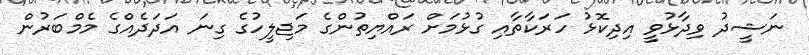
ނަޝީދު ވިދާޅުވީ އިދިކޮޅު ހަރަކާތާއި ގުޅުމަށް ރައްޔިތުންގެ މަޖިލީހުގެ ގިނަ އަދަދެއްގެ މެމްބަރުން